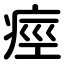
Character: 痙